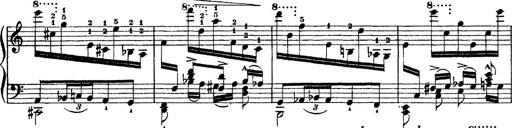
Title: Ã‰tudes d'exÃ©cution transcendante d'aprÃ¨s Paganini
Composer: Franz Liszt